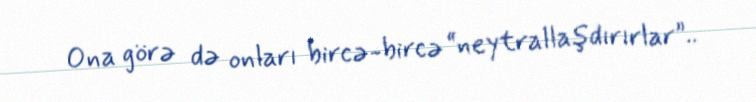
Ona görə də onları bircə-bircə “neytrallaşdırırlar”..